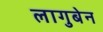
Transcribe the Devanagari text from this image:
लागुबेन